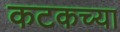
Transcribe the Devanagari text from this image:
कटकच्या